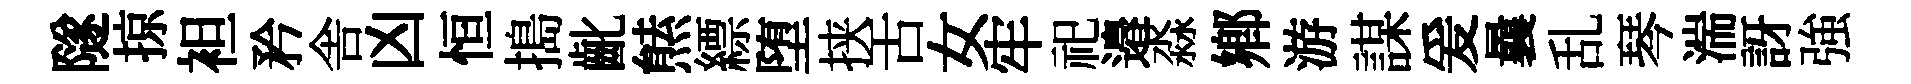
隧掠袒矜舎凶恒搗齔㷱縹堕挟舌女牢祀邉淼鄉游謀爰曩乱琴湍訝強